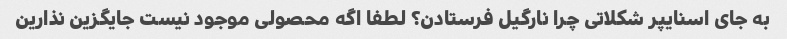
به جای اسنایپر شکلاتی چرا نارگیل فرستادن؟ لطفا اگه محصولی موجود نیست جایگزین نذارین